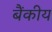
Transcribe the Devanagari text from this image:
बैंकीय